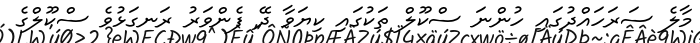
މާލެ ސަރަހައްދުގައި ހުންނަ ސްކޫލް ތަކުގައި ކިޔަވާ ދޭ ފެންވަރު ރަނގަޅުވެ ސްކޫލްގެ